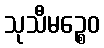
သုသီမဉ္စေဝ